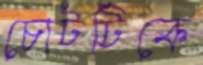
চোটটিকে